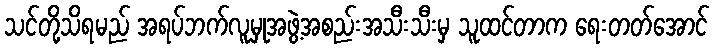
သင်တို့သိရမည် အရပ်ဘက်လူမှုအဖွဲ့အစည်းအသီးသီးမှ သူထင်တာက ရေးတတ်အောင်